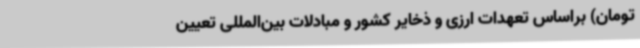
تومان) براساس تعهدات ارزی و ذخایر کشور و مبادلات بین‌المللی تعیین